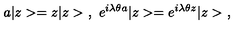
a | z > = z | z > \ , \ e ^ { i \lambda \theta a } | z > = e ^ { i \lambda \theta z } | z > \ ,